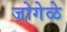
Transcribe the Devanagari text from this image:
जोगेळे